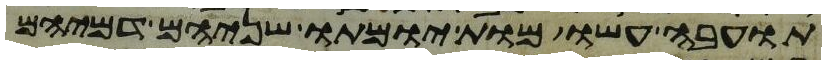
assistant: תועבה עשו מות יומתו שניהם דמיהם